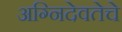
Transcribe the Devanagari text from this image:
अग्निदेवतेचे